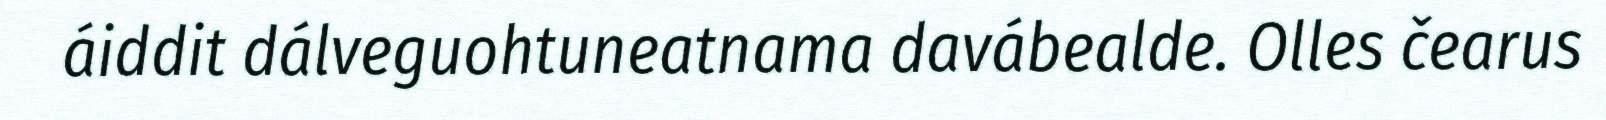
áiddit dálveguohtuneatnama davábealde. Olles čearus